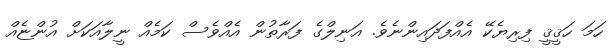
ހަމަ ހަޤީޤީ ފިރިޔެކޭ އެއްފަދައިންނެވެ. އަނިލްގެ ފަރާތުން އެއްވެސް ކަމެއް ނީލާއަކަށް އުންޏެއް